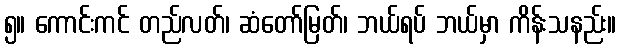
၅။ ကောင်းကင် တည်လတ်၊ ဆံတော်မြတ်၊ ဘယ်ရပ် ဘယ်မှာ ကိန်းသနည်း။